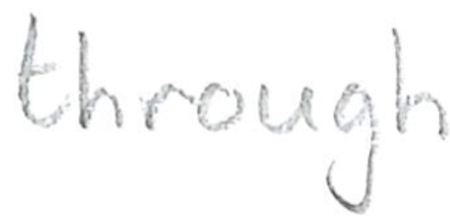
Text: through
Cross-out: clean
Writing tool: pencil